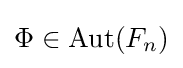
\Phi \in \operatorname {Aut} (F_{n})